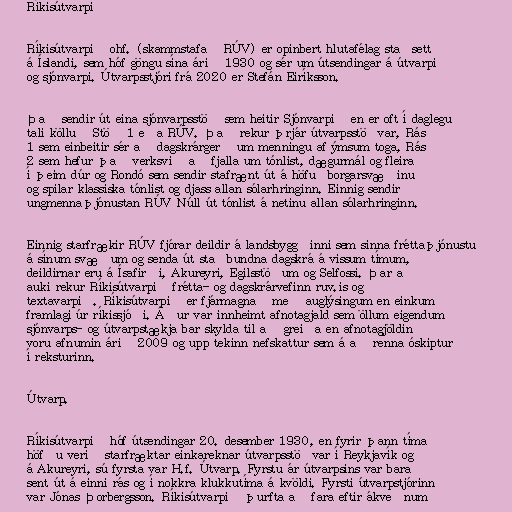
Ríkisútvarpið

Ríkisútvarpið ohf. (skammstafað RÚV) er opinbert hlutafélag staðsett
á Íslandi, sem hóf göngu sína árið 1930 og sér um útsendingar á útvarpi
og sjónvarpi. Útvarpsstjóri frá 2020 er Stefán Eiríksson.

Það sendir út eina sjónvarpsstöð sem heitir Sjónvarpið en er oft í daglegu
tali kölluð Stöð 1 eða RÚV. Það rekur þrjár útvarpsstöðvar, Rás
1 sem einbeitir sér að dagskrárgerð um menningu af ýmsum toga, Rás
2 sem hefur það verksvið að fjalla um tónlist, dægurmál og fleira
í þeim dúr og Rondó sem sendir stafrænt út á höfuðborgarsvæðinu
og spilar klassíska tónlist og djass allan sólarhringinn. Einnig sendir
ungmennaþjónustan RÚV Núll út tónlist á netinu allan sólarhringinn.

Einnig starfrækir RÚV fjórar deildir á landsbyggðinni sem sinna fréttaþjónustu
á sínum svæðum og senda út staðbundna dagskrá á vissum tímum,
deildirnar eru á Ísafirði, Akureyri, Egilsstöðum og Selfossi. Þar að
auki rekur Ríkisútvarpið frétta- og dagskrárvefinn ruv.is og
textavarpið. Ríkisútvarpið er fjármagnað með auglýsingum en einkum
framlagi úr ríkissjóði. Áður var innheimt afnotagjald sem öllum eigendum
sjónvarps- og útvarpstækja bar skylda til að greiða en afnotagjöldin
voru afnumin árið 2009 og upp tekinn nefskattur sem á að renna óskiptur
í reksturinn.

Útvarp.

Ríkisútvarpið hóf útsendingar 20. desember 1930, en fyrir þann tíma
höfðu verið starfræktar einkareknar útvarpsstöðvar í Reykjavík og
á Akureyri, sú fyrsta var H.f. Útvarp. Fyrstu ár útvarpsins var bara
sent út á einni rás og í nokkra klukkutíma á kvöldi. Fyrsti útvarpstjórinn
var Jónas Þorbergsson. Ríkisútvarpið þurfta að fara eftir ákveðnum